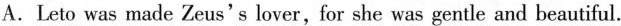
A.Leto was made Zeus's lover,for she was gentle and beautiful.